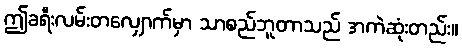
ဤခရီးလမ်းတလျှောက်မှာ သာစည်ဘူတာသည် အကဲဆုံးတည်း။